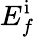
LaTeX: E_{f}^{\mathrm{i}}